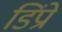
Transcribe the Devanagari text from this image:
डिंप्रो